Indian journal of veterinary science and animal husbandry - Volumes 28-29, 1958-1959
Year: 1958
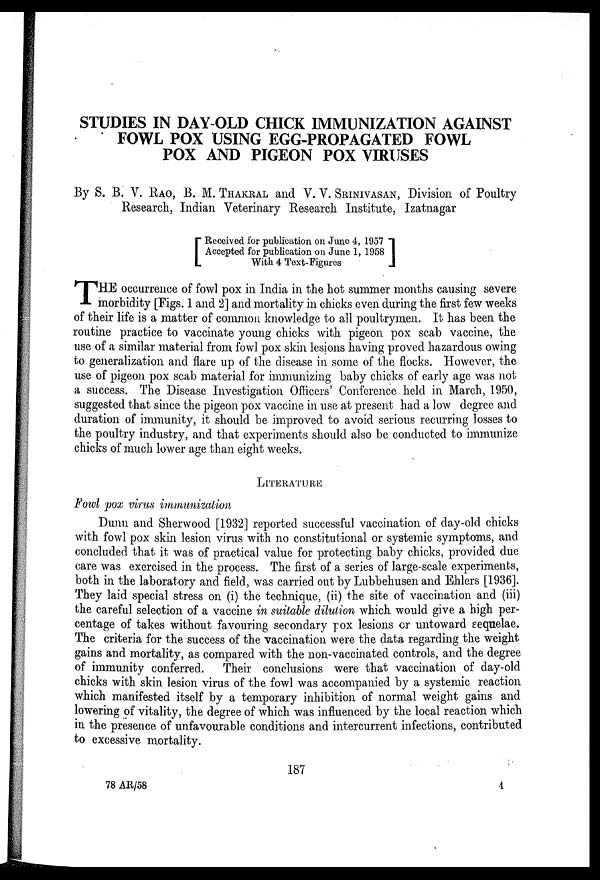
STUDIES IN DAY-OLD CHICK IMMUNIZATION AGAINST
FOWL POX USING EGG-PROPAGATED FOWL
POX AND PIGEON POX VIRUSES
By S. B. V. RAO, B. M. THAKRAL and V. V. SRINIVASAN, Division of Poultry
Research, Indian Veterinary Research Institute, Izatnagar
[ Received for publication on June 4, 1957
Accepted for publication on June 1, 1958]
With 4 Text-Figures
T HE occurrence of fowl pox in India in the hot summer months causing severe
morbidity [Figs. 1 and 2] and mortality in chicks even during the first few weeks
of their life is a matter of common knowledge to all poultrymen. It has been the
routine practice to vaccinate young chicks with pigeon pox scab vaccine, the
use of a similar material from fowl pox skin lesions having proved hazardous owing
to generalization and flare up of the disease in some of the flocks. However, the
use of pigeon pox scab material for immunizing baby chicks of early age was not
a success. The Disease Investigation Officers' Conference held in March, 1950,
suggested that since the pigeon pox vaccine in use at present had a low degree and
duration of immunity, it should be improved to avoid serious recurring losses to
the poultry industry, and that experiments should also be conducted to immunize
chicks of much lower age than eight weeks.
LITERATURE
Fowl pox virus immunization
Dunn and Sherwood [1932] reported successful vaccination of day-old chicks
with fowl pox skin lesion virus with no constitutional or systemic symptoms, and
concluded that it was of practical value for protecting baby chicks, provided due
care was exercised in the process. The first of a series of large-scale experiments,
both in the laboratory and field, was carried out by Lubbehusen and Ehlers [1936].
They laid special stress on (i) the technique, (ii) the site of vaccination and (iii)
the careful selection of a vaccine in suitable dilution which would give a high per-
centage of takes without favouring secondary pox lesions or untoward sequelae.
The criteria for the success of the vaccination were the data regarding the weight
gains and mortality, as compared with the non-vaccinated controls, and the degree
of immunity conferred. Their conclusions were that vaccination of day-old
chicks with skin lesion virus of the fowl was accompanied by a systemic reaction
which manifested itself by a temporary inhibition of normal weight gains and
lowering of vitality, the degree of which was influenced by the local reaction which
in the presence of unfavourable conditions and intercurrent infections, contributed
to excessive mortality.
187
78 AR/58
4